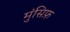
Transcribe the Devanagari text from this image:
मुंसिफ़